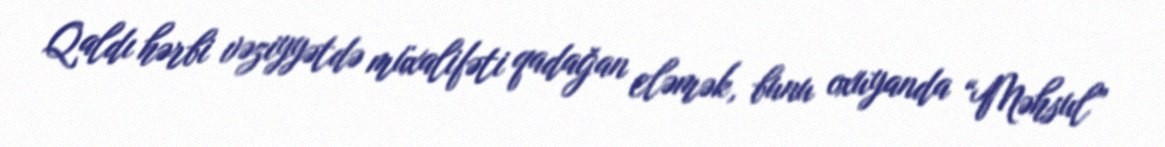
Qaldı hərbi vəziyyətdə müxalifəti qadağan eləmək, bunu oxuyanda “Məhsul”